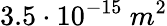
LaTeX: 3.5\cdot 10^{-15}\ m^{2}